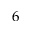
6